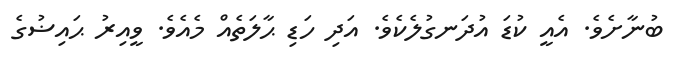
ބުނާށެވެ. އެއީ ކުޑަ އުދަނގުލެކެވެ. އަދި ހަޑި ޙާލަތެއް މެއެވެ. ވީއިރު ޙައިޟުގެ